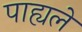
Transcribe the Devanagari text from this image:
पाह्यले